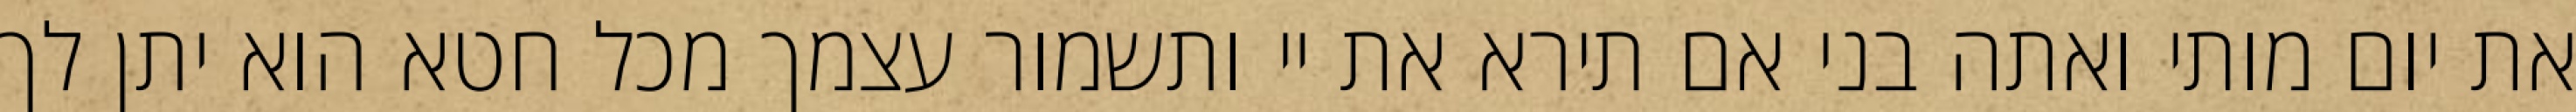
את יום מותי ואתה בני אם תירא את יי ותשמור עצמך מכל חטא הוא יתן לך